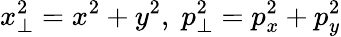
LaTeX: x_{\perp}^{2}=x^{2}+y^{2},\; p_{\perp}^{2}=p_{x}^{2}+p_{y}^{2}